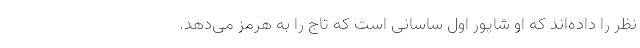
نظر را داده‌اند که او شاپور اول ساسانی است که تاج را به هرمز می‌دهد.